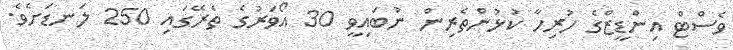
ވެސްޓް އިންޑީޒްގެ ހުރިހާ ކުޅުންތެރިން ނުބައިވީ 30 އޯވަރުގެ ތެރޭގައި 250 ލަނޑަށެވެ.